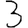
Digit: 3